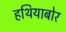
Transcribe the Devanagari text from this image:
हथियाबोर